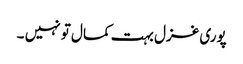
پوری غزل بہت کمال تو نہیں ۔